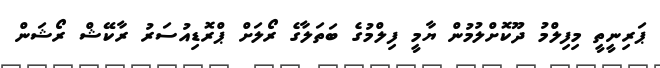
ޕަރިނީތީ މިފިލްމު ދޫކޮށްލުމުން ޔާމީ ފިލްމުގެ ބަތަލާގެ ރޯލަށް ޕްރޮޑިއުސަރު ރާކޭޝް ރޯޝަން